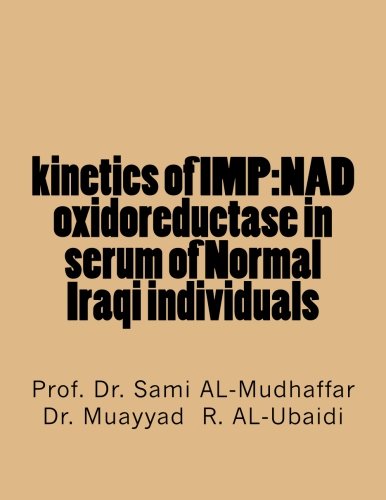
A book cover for kinetics of IMP:NAD oxidoreductase in serum of Normal Iraqi individuals; Prof Sami A. AL-Mudhaffar; Science & Math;